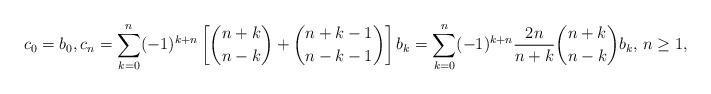
LaTeX: \begin{align*}c_0 = b_0, c_n &= \sum_{k=0}^n(-1)^{k+n}\left[\binom{n+k}{n-k} + \binom{n+k-1}{n-k-1}\right] b_k = \sum_{k=0}^n(-1)^{k+n} \frac{2n}{n+k}\binom{n+k}{n-k} b_k, \, n \geq 1,\end{align*}